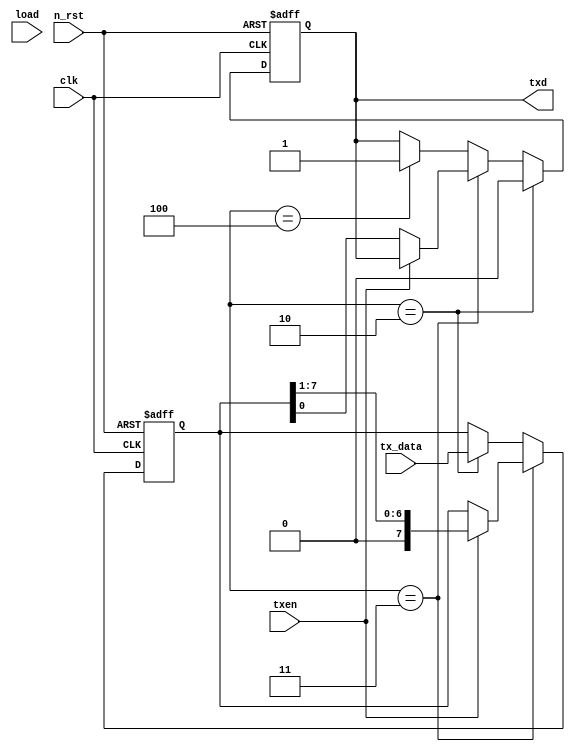
module tx(
  clk,
  n_rst,
  tx_data,
  load,
  txen,
  txd
);

input clk;
input n_rst;
input [7:0] tx_data;
input load;
input txen;
//input [7:0] sw;
//input in_data;

output txd;
reg txd;

reg [2:0] state;
reg [2:0] next_state;

localparam IDLE = 3'h0;
localparam WAIT = 3'h1;
localparam START = 3'h2;
localparam WRITE = 3'h3;
localparam STOP = 3'h4;

reg [3:0] cnt; // 10=> 2^4 4bit

always @(load or txen or cnt)
  case(state)
    IDLE : next_state = (load == 1'b1) ? WAIT : state;
    WAIT : next_state = (txen == 1'b1) ? START : state;
    START : next_state = (cnt == 4'd1) ? WRITE : state;
    WRITE : next_state = (cnt == 4'd9) ? STOP : state;
    STOP : next_state = (cnt == 4'd10) ? IDLE : state;
    default : next_state = IDLE;
  endcase

//0-9 BIT COUNT
//TXEN == 1 -> CNT + 1
always @(posedge clk or negedge n_rst) begin
  if(!n_rst)
    cnt <= 4'h0;
  else begin
    cnt <= (txen == 1'b0) ? cnt :
           (cnt == 4'h9) ? 4'h0 : cnt + 4'h1;
  end
end

reg [7:0] in_data;

always @(posedge clk or negedge n_rst) begin
  if(!n_rst)
    in_data <= 8'h00;
  else if (state == WRITE) begin
    in_data <= (txen == 1'b1) ? {1'b0, in_data[7:1]} : in_data; //TXEN =1 -> right shift
  end
  else if (state == START) begin
    in_data <= tx_data;
  end
  else
    in_data <= in_data;
end

always @(posedge clk or negedge n_rst) begin
  if(!n_rst) begin
    txd <= 1'b1;
  end
  else if(state == START) begin
    txd <= 1'b0;
  end
  else if(state == WRITE) begin
    txd <= (txen == 1'b0) ? in_data[0] : txd; //txen = 0 -> in_data[0] out(right shift) 
  end
  else if(state ==STOP) begin
    txd <= 1'b1;
  end
  else begin
    txd <= txd;
  end
end
endmodule